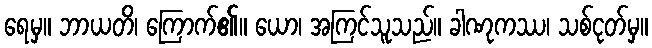
ရေမှ။ ဘာယတိ၊ ကြောက်၏။ ယော၊ အကြင်သူသည်။ ခါဏုကဿ၊ သစ်ငုတ်မှ။